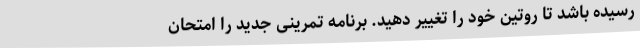
رسیده باشد تا روتین خود را تغییر دهید. برنامه تمرینی جدید را امتحان